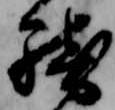
騎